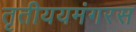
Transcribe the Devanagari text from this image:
तृतीययमंगरस